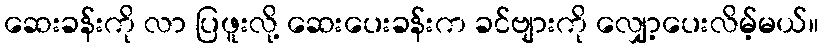
ဆေးခန်းကို လာ ပြဖူးလို့ ဆေးပေးခန်းက ခင်ဗျားကို လျှော့ပေးလိမ့်မယ်။